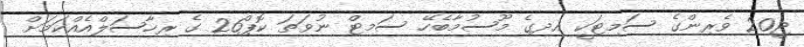
ޖީ20 ވެރިންގެ ސަމިޓަކީ އދގެ މޫސުމާބެހޭ ސަމިޓް ނުވަތަ ކޮޕް26 ގެ ރިހާސަލްއެއްކަމަށް